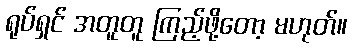
ရုပ်ရှင် အတူတူ ကြည့်ဖို့တော့ မဟုတ်။